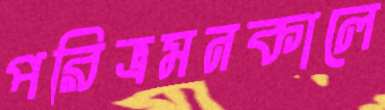
পরিভ্রমনকালে